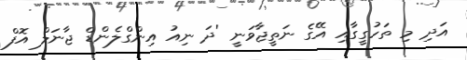
އަދި މި ތަހުގީގާއި އޭގެ ނަތީޖާވަނީ 'ދަ ނިއު އިންގްލެންޑް ޖާނަލް އޮފް